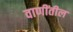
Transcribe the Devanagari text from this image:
वाणींतील